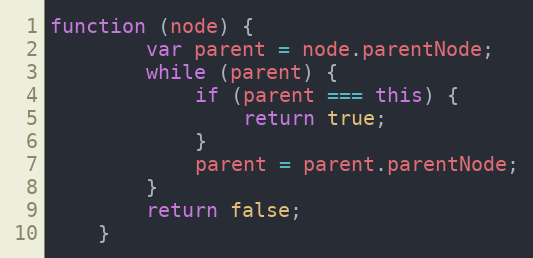
Language: JavaScript
function (node) {
        var parent = node.parentNode;
        while (parent) {
            if (parent === this) {
                return true;
            }
            parent = parent.parentNode;
        }
        return false;
    }